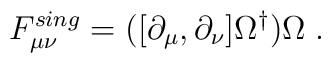
F_{\mu \nu }^{sing}=([\partial _\mu ,\partial _\nu ]\Omega ^{\dag })\Omega\;.